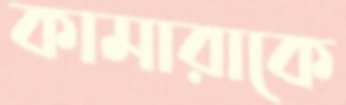
কামারাকে